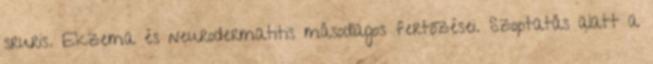
sruris. Ekzema és neurodermatitis másodlagos fertőzései. Szoptatás alatt a